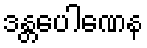
ဒန္တပေါဏေန